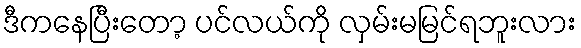
ဒီကနေပြီးတော့ ပင်လယ်ကို လှမ်းမမြင်ရဘူးလား